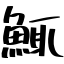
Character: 鮿